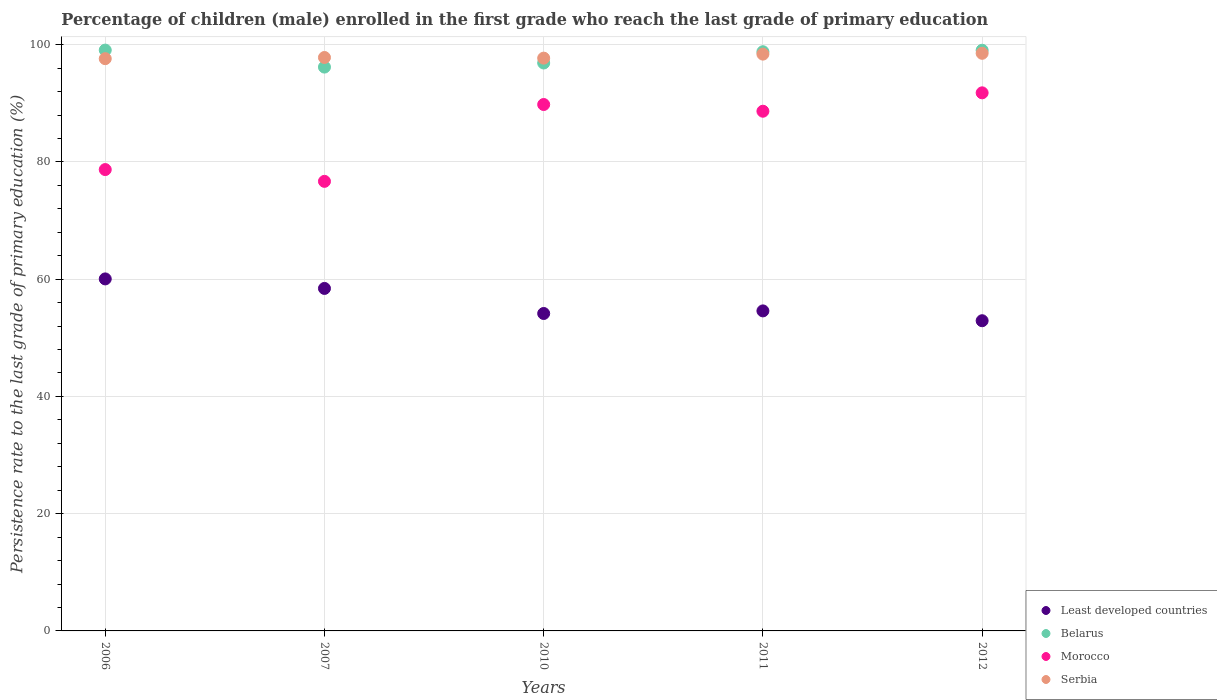
| Years | Least developed countries | Belarus | Morocco | Serbia |
 | --- | --- | --- | --- | --- |
 | 2006 | 60 | 99.1 | 78.7 | 97.6 |
 | 2007 | 58.4 | 96.2 | 76.7 | 97.8 |
 | 2010 | 54.1 | 96.9 | 89.8 | 97.7 |
 | 2011 | 54.6 | 98.8 | 88.7 | 98.4 |
 | 2012 | 52.9 | 99.1 | 91.8 | 98.5 |